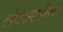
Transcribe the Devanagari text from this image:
लंगरमधील